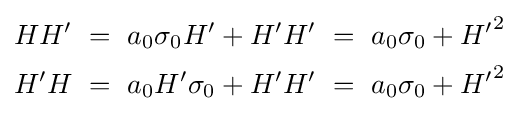
{\begin{aligned}HH'\ &=\ a_{0}\sigma _{0}H'+H'H'\ =\ a_{0}\sigma _{0}+{H'}^{2}\\H'H\ &=\ a_{0}H'\sigma _{0}+H'H'\ =\ a_{0}\sigma _{0}+{H'}^{2}\\\end{aligned}}